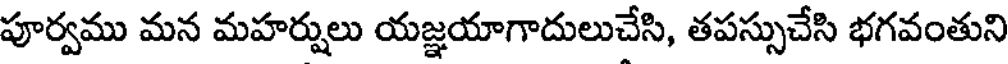
పూర్వము మన మహర్షులు యజ్ఞయాగాదులుచేసి, తపస్సుచేసి భగవంతుని